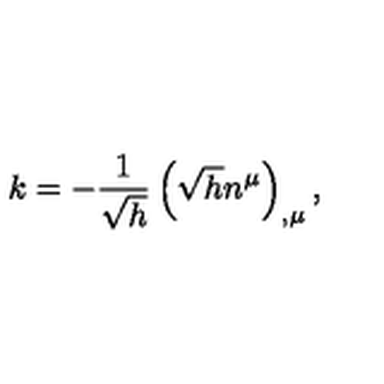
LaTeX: k = - \frac 1 { \sqrt { h } } \left( \sqrt { h } n ^ { \mu } \right) _ { , \mu } ,